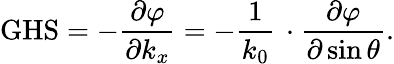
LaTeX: \mathrm{GHS}=-\frac{\partial\varphi}{\partial k_{x}}=-\frac{1}{k_{0}}\, \cdot\frac{\partial\varphi}{\partial\sin\theta}.